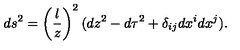
d s ^ { 2 } = \left( \frac { l } { z } \right) ^ { 2 } ( d z ^ { 2 } - d \tau ^ { 2 } + \delta _ { i j } d x ^ { i } d x ^ { j } ) .